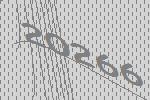
20266